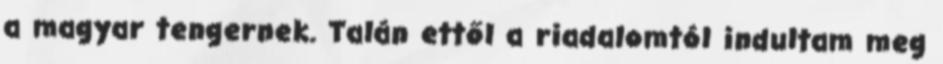
a magyar tengernek. Talán ettől a riadalomtól indultam meg